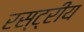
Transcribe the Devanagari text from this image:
रस्ट्रीय